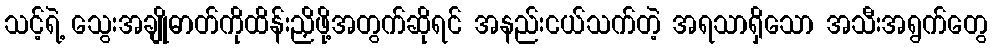
သင့်ရဲ့ သွေးအချိုဓာတ်ကိုထိန်းညှိဖို့အတွက်ဆိုရင် အနည်းငယ်သက်တဲ့ အရသာရှိသော အသီးအရွက်တွေ